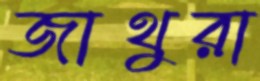
জাথুরা